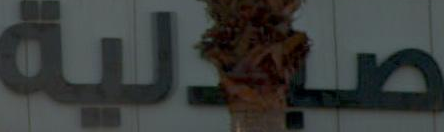
صولية